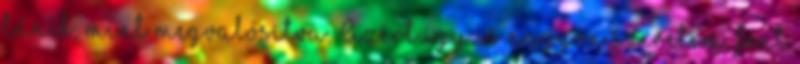
tűnik, mint megvalósítva. Azért így is nagyon szeretem, fent